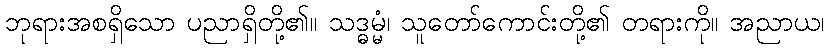
ဘုရားအစရှိသော ပညာရှိတို့၏။ သဒ္ဓမ္မံ၊ သူတော်ကောင်းတို့၏ တရားကို။ အညာယ၊